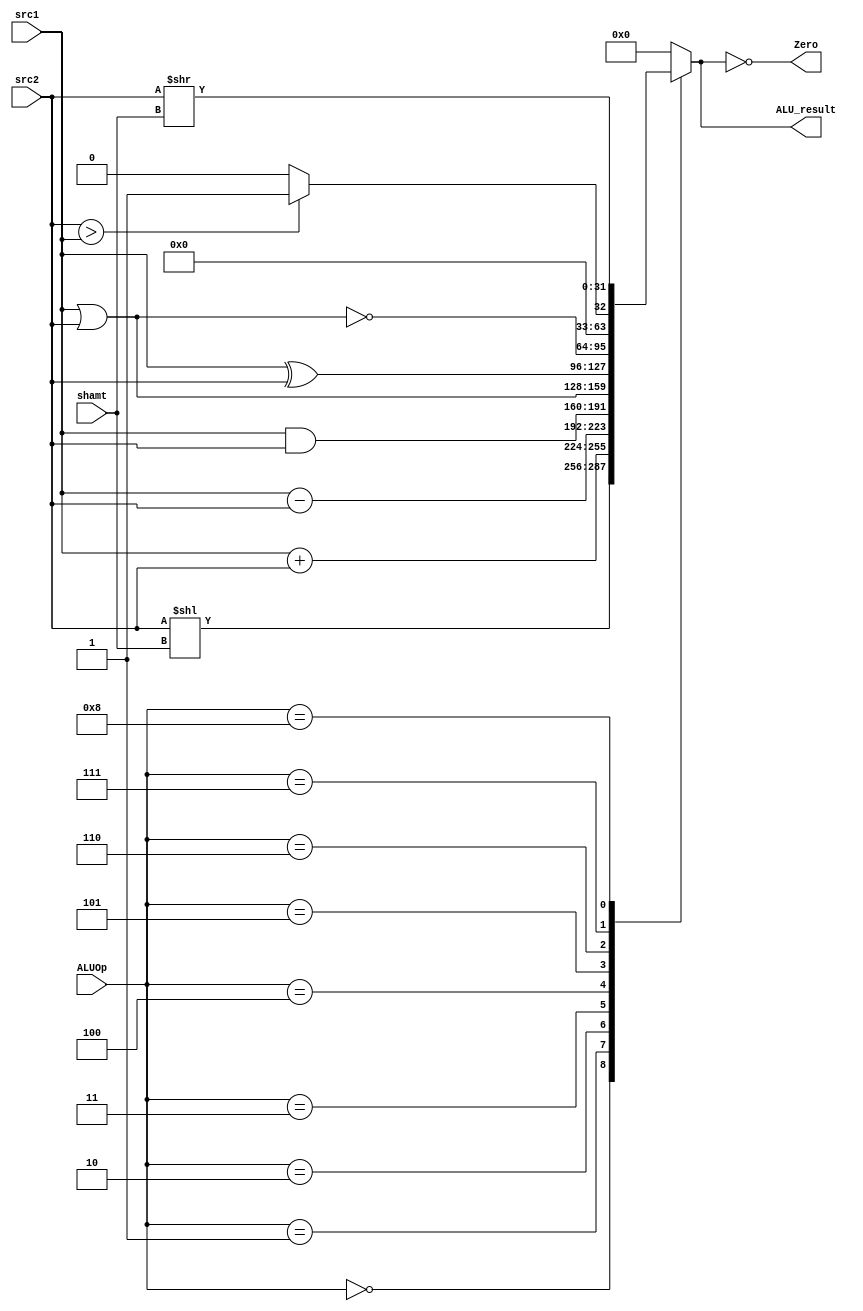
// ALU

module ALU ( ALUOp,
			 src1,
			 src2,
			 shamt,
			 ALU_result,
			 Zero
			 );
	
	parameter bit_size = 32;
	
	input [3:0] ALUOp;         // ALU_Ctrl connects this port
	input [bit_size-1:0] src1;
	input [bit_size-1:0] src2;
	input [4:0] shamt;
	
	output reg [bit_size-1:0] ALU_result;
	output Zero;
	
	
	// write your code in here		
	/*
		ALU_Ctrl = 0;  // No operation v sll do shamt
		ALU_Ctrl = 1;  // add do add
		ALU_Ctrl = 2;  // sub do sub
		ALU_Ctrl = 3;  // and do and
		ALU_Ctrl = 4;  // or  do or
		ALU_Ctrl = 5;  // xor do xor
		ALU_Ctrl = 6;  // nor do nor
		
		ALU_Ctrl = 7;  // slt do sub        // extra ctrl
		ALU_Ctrl = 8;  // srl do shamt      // extra ctrl
	*/
	
	//wire [31:0]slt_result;	
	always @(*) begin
		ALU_result = 0;
		case(ALUOp)
			4'd0 : ALU_result =   src2 << shamt;
			4'd1 : ALU_result =   src1 + src2;
			4'd2 : ALU_result =   src1 - src2;
			4'd3 : ALU_result =   src1 & src2;
			4'd4 : ALU_result =   src1 | src2;
			4'd5 : ALU_result =   src1 ^ src2;
			4'd6 : ALU_result = ~(src1 | src2);
			
			4'd7 : ALU_result = (src2 > src1) ? 1 : 0;
			
			4'd8 : ALU_result =   src2 >> shamt;
			
			//4'd9 : ALU_result = (src2 > src1) ? 1 : 0;
		endcase
	end
	
	assign Zero = (ALU_result == 0);
		
	/*		
			// add by myself
			4'b0011 : ALU_result = src1 ^ src2;
			
			
			
			
			4'b0010 : begin 
						{Cout, ALU_result} = src1 + src2; 						
						//if positive + positive is negative then overflow; if negative + negative is positive then overflow
						overflow = (src1[31] && src2[31] && (!ALU_result[31])) || (!src1[31] && !src2[31] && ALU_result[31]);
					  end					  
			4'b0110 : begin 
						{Cout, ALU_result} = src1 + ~src2 + 1;
						//if positive - negative is negative  then overflow ; if negative - positive is positive then overflow  
						overflow = (!src1[31] && src2[31] && !result[31]) || (!src1[31] && src2[31] && result[31]);
					  end					  
			4'b0111 : begin
						overflow = 0;
						{Cout, slt_result} = src1 + ~src2 + 1;
						if(slt_result[31])
							ALU_result = {31'b0, ~Cout};
						else
							ALU_result = {31'b0, Cout};						   					
					  end											
			4'b1100 : ALU_result = ~(src1 | src2);
		endcase
	end
	*/
	
endmodule